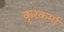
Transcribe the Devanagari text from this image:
कॄरकर्मा